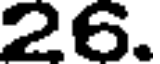
26.